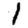
Digit: 1